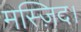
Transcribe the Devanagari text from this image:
मस्ज़िद।